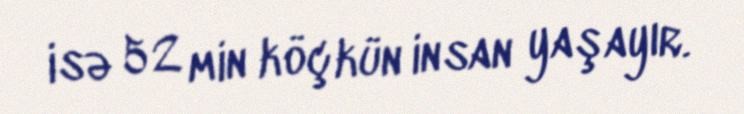
isə 52 min köçkün insan yaşayır.